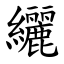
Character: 纚